Report on vaccination in the Province of Bengal - 1874-1889
Year: 1874
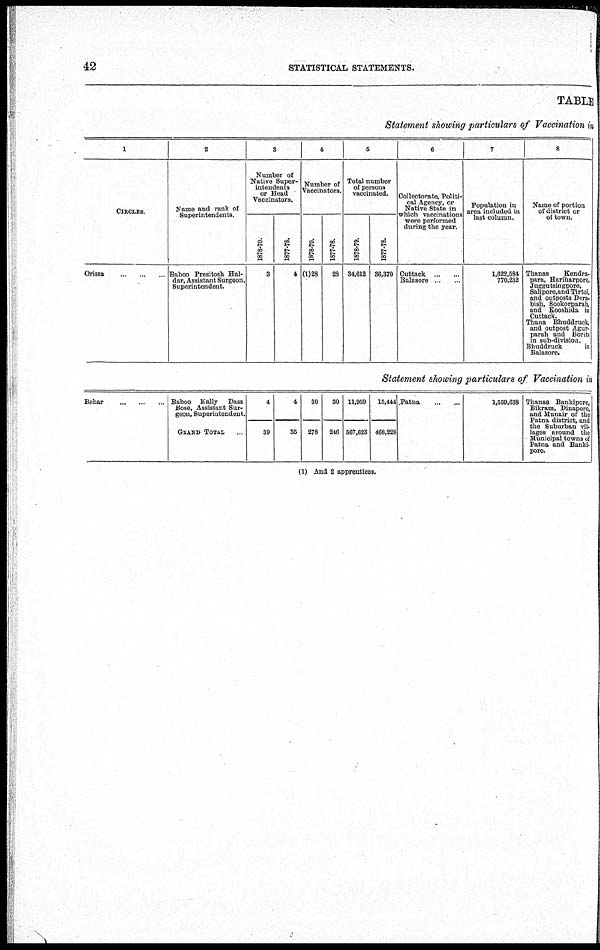
42
STATISTICAL STATEMENTS.
TABLE
Statement showing particulars of Vaccination i
1
CIRCLES.
Orissa
... ... ...
2
Name and rank of
Superintendents.
Baboo Presitosh Hal-
dar, Assistant Surgeon,
Superintendent.
3
Number of
Native Super-
intendents
or Head
Vaccinators.
1878-79.
3
1877-78.
4
4
Number of
Vaccinators.
1878-79.
(1)28
1877-78.
28
5
Total number
of persons
vaccinated.
1878-79.
34,612
1877-78.
36,370
6
Collectorate, Politi-
cal Agency, or
Native State in
which vaccinations
were performed
during the year.
Cuttack
...
...
Balasore ... ...
7
Population in
area included in
lost column.
1,622,584
770,232
8
Name of portion
of district or
of town.
Thanas
Kendra-
para, Hariharpore,
juggutsingpore,
Saupore,and Tirtol,
and outposts Dera-
bish, Sookorparah,
and Kooshida in
Outtack.
Thana Bhuddruck,
and outpost Agur-
parah and Borits
in sub-division.
Bbuddruck
in
Balasore.
Statement showing particulars of Vaccination in
Behar
...
...
... Baboo Kally
Dass
Bose, Assistant Sur-
geon. Superintendent.
GRAND TOTAL ...
4
39
4
35
30
278
30
246
11,959
567,623
16,444
468,228
Patna
...
...
1,559,638 Thanas Bankipore,
Bikram, Dinapore,
and Munair of the
Patna district, and
the Suburban vil-
lages around the
Municipal towns of
Patna and Banki-
pore.
(1) And 2 apprentices.